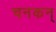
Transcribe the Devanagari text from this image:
चनकन्